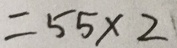
= 5 5 \times 2